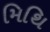
મિથિ